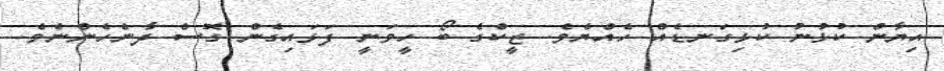
އިޔާން ކުޅުނު ކުޅިގަނޑެއް ހެއްޔެވެ. ޒީކްގެ ބޯ ހީވަނީ ފަޅައިގެން ގޮސް ދާނެހެންނެވެ.